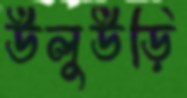
উলুউড়ি